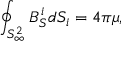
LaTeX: \oint _ { S _ { \infty } ^ { 2 } } B _ { S } ^ { i } d S _ { i } = 4 \pi \mu ,